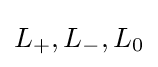
L_{+},L_{-},L_{0}